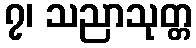
၇၊ သညာသုတ္တ